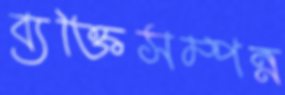
ব্যক্তিসম্পন্ন